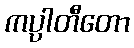
ကပ္ပါတီတော